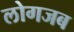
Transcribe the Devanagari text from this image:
लोगजब